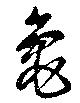
龜